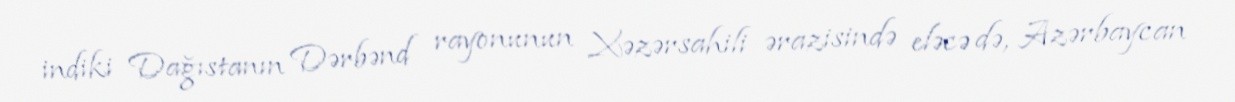
indiki Dağıstanın Dərbənd rayonunun Xəzərsahili ərazisində eləcə də, Azərbaycan